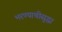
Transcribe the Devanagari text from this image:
भरण्याचीसुद्धा